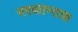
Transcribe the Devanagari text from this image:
नरकान्तक